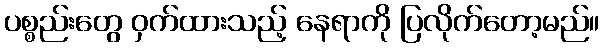
ပစ္စည်းတွေ ဝှက်ထားသည့် နေရာကို ပြလိုက်တော့မည်။